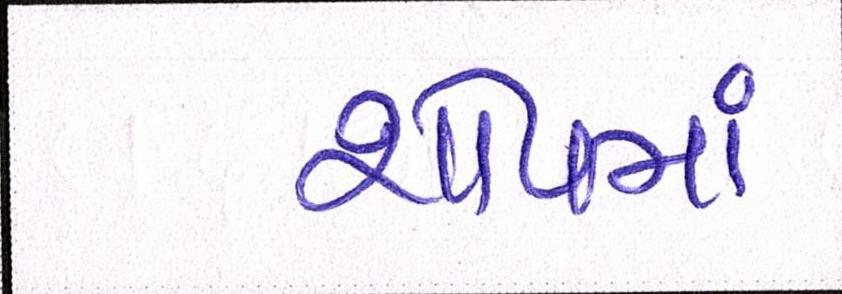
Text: શોપમાં